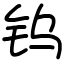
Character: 钨